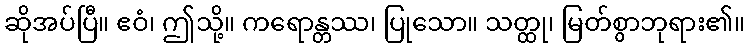
ဆိုအပ်ပြီ။ ဧဝံ၊ ဤသို့။ ကရောန္တဿ၊ ပြုသော။ သတ္ထု၊ မြတ်စွာဘုရား၏။